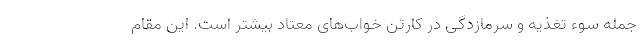
جمله سوء تغذیه و سرمازدگی در کارتن خواب‌های معتاد بیشتر است. این مقام